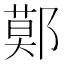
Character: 鄚